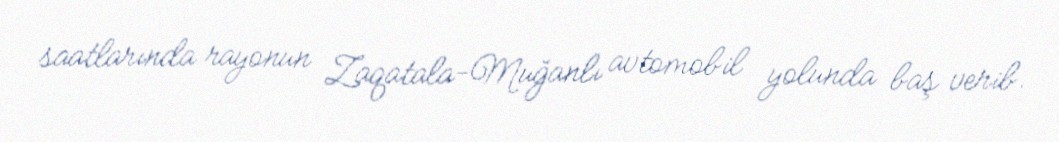
saatlarında rayonun Zaqatala-Muğanlı avtomobil yolunda baş verib.